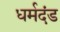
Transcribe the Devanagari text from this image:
धर्मदंड